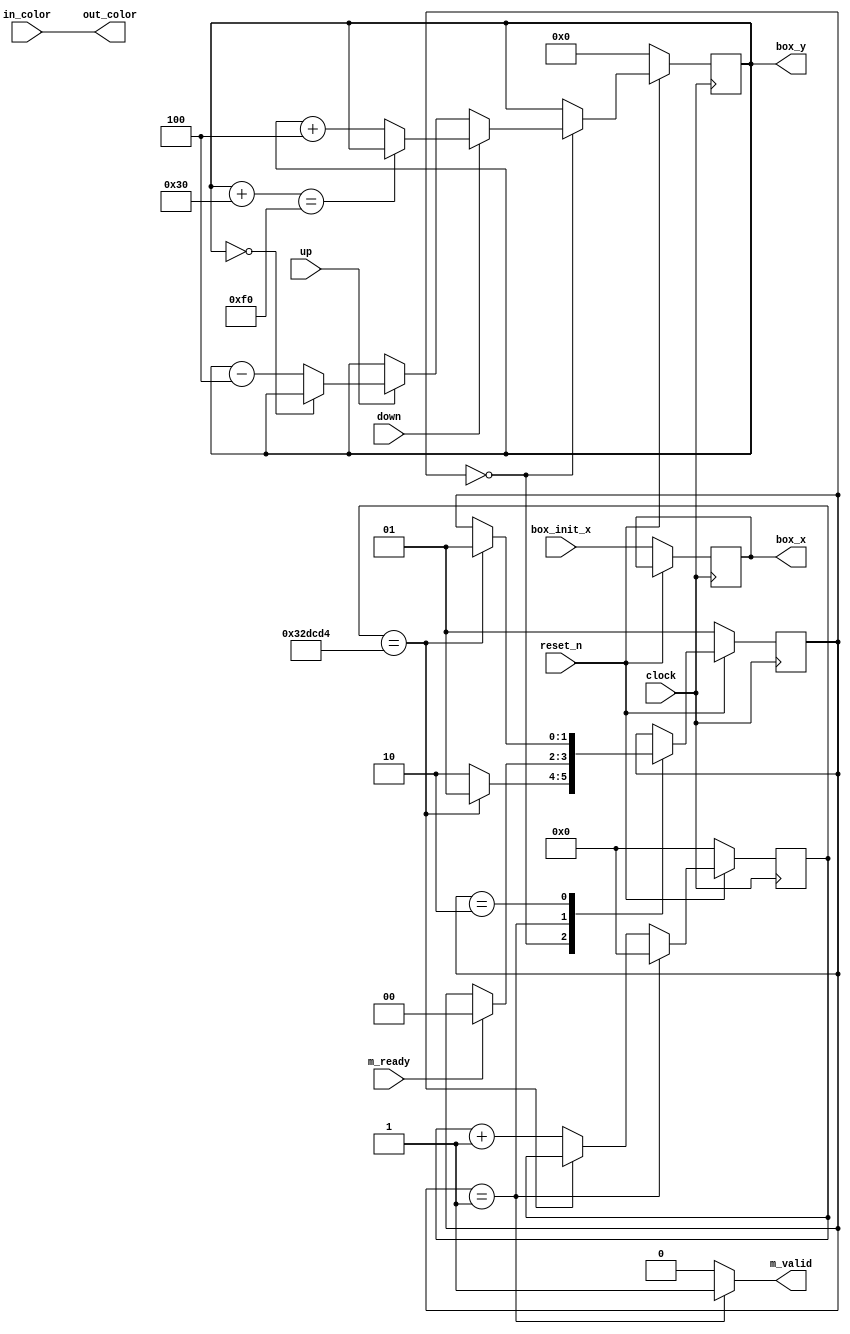

module locationProcessorPaddle (
		input clock,
		input reset_n,
		input [2:0] in_color,
		input [8:0] box_init_x,

		/* Keyboard inputs */
		input up,
		input down,

		/* Interface tp the screen drawer */
		input m_ready,
		output reg m_valid,
		output [8:0] box_x,
		output [8:0] box_y,
		output [2:0] out_color
	);

	/*
		Parameters that should be configured properly at the instantiation of the module.
		The values here are just defaults.
		In simulation testbenches, these values can be replaced with smallar values
	*/
	parameter BOX_WIDTH = 9'd10;
	parameter BOX_HEIGHT = 9'd48;
	parameter SCREEN_WIDTH = 9'd320;
	parameter SCREEN_HEIGHT = 9'd240;
	parameter FRAME_RATE_COUNT = 32'd3333332;

	/*
		State encodings
	*/
	parameter S_UPDATE_POSITION = 2'd0,
			  S_WAIT_TRANSACTION = 2'd1,
			  S_WAIT_FRAME_RATE_COUNT = 2'd2;

	/*
		Internal signals
	*/
	reg [1:0] current_state; // Should be synthesized into an FF.
	reg [1:0] next_state;


	// Position of the box
	reg [8:0] current_box_x; // Should be synthesized into an FF
	reg [8:0] current_box_y; // Should be synthesized into an FF
	reg [8:0] next_box_x;
	reg [8:0] next_box_y;

	parameter INCREASE = 1'b1, DECREASE = 1'b0;

	reg [31:0] current_frame_rate_counter; // FF
	reg [31:0] next_frame_rate_counter;

	assign box_x = current_box_x;
	assign box_y = current_box_y;

	assign out_color = in_color;

	/*
		Next state logic.
	*/
	always @ (*) begin
		next_state = current_state;
		case (current_state)
			S_UPDATE_POSITION: begin
				if (current_frame_rate_counter == FRAME_RATE_COUNT) begin
						next_state = S_WAIT_TRANSACTION;
				end
				else begin
					next_state = S_WAIT_FRAME_RATE_COUNT;
				end
			end
			S_WAIT_TRANSACTION: begin
				if (m_ready == 1'b1) begin
					next_state = S_UPDATE_POSITION;
				end
			end
			S_WAIT_FRAME_RATE_COUNT: begin
				if (current_frame_rate_counter == FRAME_RATE_COUNT) begin
					next_state = S_WAIT_TRANSACTION;
				end
			end
			default:
				next_state = current_state;
		endcase
	end

	/*
		Other COMB logics
		- Box position update. 
		- Interface signal
		- next frame rate counter
	*/
	always @ (*) begin
		next_box_x = current_box_x;
		next_box_y = current_box_y;
		m_valid = 1'b0;
		next_frame_rate_counter = (current_frame_rate_counter==FRAME_RATE_COUNT) ? current_frame_rate_counter : current_frame_rate_counter + 32'd1;
		case (current_state)
			S_UPDATE_POSITION: begin
				// X update
				next_box_x = current_box_x;

				// Y update
				if (down == INCREASE) begin
					if (current_box_y + BOX_HEIGHT == SCREEN_HEIGHT) begin
						next_box_y = current_box_y;
					end
					else begin
						next_box_y = current_box_y + 9'd4;
					end
				end
				else if (up == INCREASE) begin
					if (current_box_y == 9'd0) begin
						next_box_y = current_box_y;
					end
					else begin
						next_box_y = current_box_y - 9'd4;
					end
				end
				else begin
					next_box_y = current_box_y;
				end
			end
			S_WAIT_TRANSACTION: begin
				m_valid = 1'b1;
				next_frame_rate_counter = 32'd0;
			end
			default: begin
				//Nothing fits here
			end
		endcase
	end

	/*
		Sequential logic
	*/
	always @ (posedge clock) begin
		if (reset_n == 1'b0) begin
			current_frame_rate_counter <= 32'd0;
			current_state <= S_WAIT_TRANSACTION;
			current_box_x <= box_init_x;
			current_box_y <= 9'd0;
		end
		else begin
			current_frame_rate_counter <= next_frame_rate_counter;
			current_state <= next_state;
			current_box_x <= next_box_x;
			current_box_y <= next_box_y;
		end
	end
endmodule // location processor


module locationProcessorBall (
		input clock,
		input reset_n,
		input [2:0] in_color,
		input [8:0] paddle_left_y,
		input [8:0] paddle_right_y,

		/* Interface tp the screen drawer */
		input m_ready,
		output reg m_valid,
		output [8:0] box_x,
		output [8:0] box_y,
		output [2:0] out_color,

		//Points
		output reg left_point,
		output reg right_point
	);

	/*
		Parameters that should be configured properly at the instantiation of the module.
		The values here are just defaults.
		In simulation testbenches, these values can be replaced with smallar values
	*/
	parameter BALL_WIDTH = 9'd10;
	parameter BALL_HEIGHT = 9'd10;
	parameter SCREEN_WIDTH = 9'd320;
	parameter SCREEN_HEIGHT = 9'd240;
	parameter LEFT_COLLISION = 9'd10;
	parameter RIGHT_COLLISION = 9'd310;
	parameter FRAME_RATE_COUNT = 32'd3333332;

	/*
		State encodings
	*/
	parameter S_UPDATE_POSITION = 2'd0,
			  S_WAIT_TRANSACTION = 2'd1,
			  S_WAIT_FRAME_RATE_COUNT = 2'd2;

	/*
		Internal signals
	*/
	reg [1:0] current_state; // Should be synthesized into an FF.
	reg [1:0] next_state;


	// Position of the box
	reg [8:0] current_box_x; // Should be synthesized into an FF
	reg [8:0] current_box_y; // Should be synthesized into an FF
	reg [8:0] next_box_x;
	reg [8:0] next_box_y;

	parameter INCREASE = 1'b1, DECREASE = 1'b0;

	// Direction of movement for the box
	reg current_box_vx; // Should be synthesized into an FF.
	reg current_box_vy; // Should be synthesized into an FF.
	reg next_box_vx; // Should be synthesized into an FF.
	reg next_box_vy; // Should be synthesized into an FF.

	reg [31:0] current_frame_rate_counter; //FF
	reg [31:0] next_frame_rate_counter;

	assign box_x = current_box_x;
	assign box_y = current_box_y;

	assign out_color = in_color;

	/*
		Next state logic.
	*/
	always @ (*) begin
		next_state = current_state;
		case (current_state)
			S_UPDATE_POSITION: begin
				if (current_frame_rate_counter == FRAME_RATE_COUNT) begin
						next_state = S_WAIT_TRANSACTION;
				end
				else begin
					next_state = S_WAIT_FRAME_RATE_COUNT;
				end
			end
			S_WAIT_TRANSACTION: begin
				if (m_ready == 1'b1) begin
					next_state = S_UPDATE_POSITION;
				end
			end
			S_WAIT_FRAME_RATE_COUNT: begin
				if (current_frame_rate_counter == FRAME_RATE_COUNT) begin
					next_state = S_WAIT_TRANSACTION;
				end
			end
			default:
				next_state = current_state;
		endcase
	end

	/*
		Other COMB logics
		- Box position update. 
		- Interface signal
		- next frame rate counter
	*/
	always @ (*) begin
		// default the point gain to 0
		left_point = 0;
		right_point = 0;
		next_box_x = current_box_x;
		next_box_y = current_box_y;
		next_box_vx = current_box_vx;
		next_box_vy = current_box_vy;
		m_valid = 1'b0;
		next_frame_rate_counter = (current_frame_rate_counter==FRAME_RATE_COUNT) ? current_frame_rate_counter : current_frame_rate_counter + 32'd1;
		case (current_state)
			S_UPDATE_POSITION: begin
				// X update
				if (current_box_vx == INCREASE) begin
					// Paddle bounce logic
					if (current_box_x + BALL_WIDTH >= RIGHT_COLLISION && ((paddle_right_y <= current_box_y && current_box_y <= paddle_right_y + 9'd48) || (paddle_right_y <= current_box_y + BALL_HEIGHT && current_box_y + BALL_HEIGHT <= paddle_right_y + 9'd48))) begin
					//if (current_box_x + BALL_WIDTH == RIGHT_COLLISION) begin
							next_box_x = current_box_x - 9'd3;
							next_box_vx = DECREASE;
					end
					else if (current_box_x >= RIGHT_COLLISION && current_box_x <= SCREEN_WIDTH) begin
						next_box_x = current_box_x + 9'd3;
						left_point = 1;
					end
					// Score logic, passes right side so left gets point
					else begin
						next_box_x = current_box_x + 9'd3;
						left_point = 0;
					end
				end
				else begin
					// Paddle bounce logic
					if (current_box_x <= LEFT_COLLISION && ((paddle_left_y <= current_box_y && current_box_y <= paddle_left_y + 9'd48) || (paddle_left_y <= current_box_y + BALL_HEIGHT && current_box_y + BALL_HEIGHT <= paddle_left_y + 9'd48))) begin
					//if (current_box_x == LEFT_COLLISION) begin
						next_box_x = current_box_x + 9'd3;
						next_box_vx = INCREASE;
					end
					else if (current_box_x + BALL_WIDTH <= LEFT_COLLISION && current_box_x + BALL_WIDTH >= 0) begin
						next_box_x = current_box_x - 9'd3;
						right_point = 1;
					end
					// Score logic, passes left side so right gets point
					else begin
						next_box_x = current_box_x - 9'd3;
						right_point = 0;
					end
				end

				// Y update
				if (current_box_vy == INCREASE) begin
					if (current_box_y + BALL_WIDTH >= SCREEN_HEIGHT) begin
						next_box_y = current_box_y - 9'd3;
						next_box_vy = DECREASE;
					end
					else begin
						next_box_y = current_box_y + 9'd3;
					end
				end
				else begin
					if (current_box_y <= 9'd0) begin
						next_box_y = current_box_y + 9'd3;
						next_box_vy = INCREASE;
					end
					else begin
						next_box_y = current_box_y - 9'd3;
					end
				end
			end
			S_WAIT_TRANSACTION: begin
				m_valid = 1'b1;
				next_frame_rate_counter = 32'd0;
			end
			default: begin
				// Nothing fits here
			end
		endcase
	end

	/*
		Sequential logic
	*/
	always @ (posedge clock) begin
		if (reset_n == 1'b0) begin
			current_frame_rate_counter <= 32'd0;
			current_state <= S_WAIT_TRANSACTION;
			current_box_x <= 9'd160;  // Starts in the middle of the screen
			current_box_y <= 9'd120;
			current_box_vy <= INCREASE;
			current_box_vx <= INCREASE;
		end
		else begin
			current_frame_rate_counter <= next_frame_rate_counter;
			current_state <= next_state;
			current_box_x <= next_box_x;
			current_box_y <= next_box_y;
			current_box_vy <= next_box_vy;
			current_box_vx <= next_box_vx;
		end
	end
endmodule // location processor